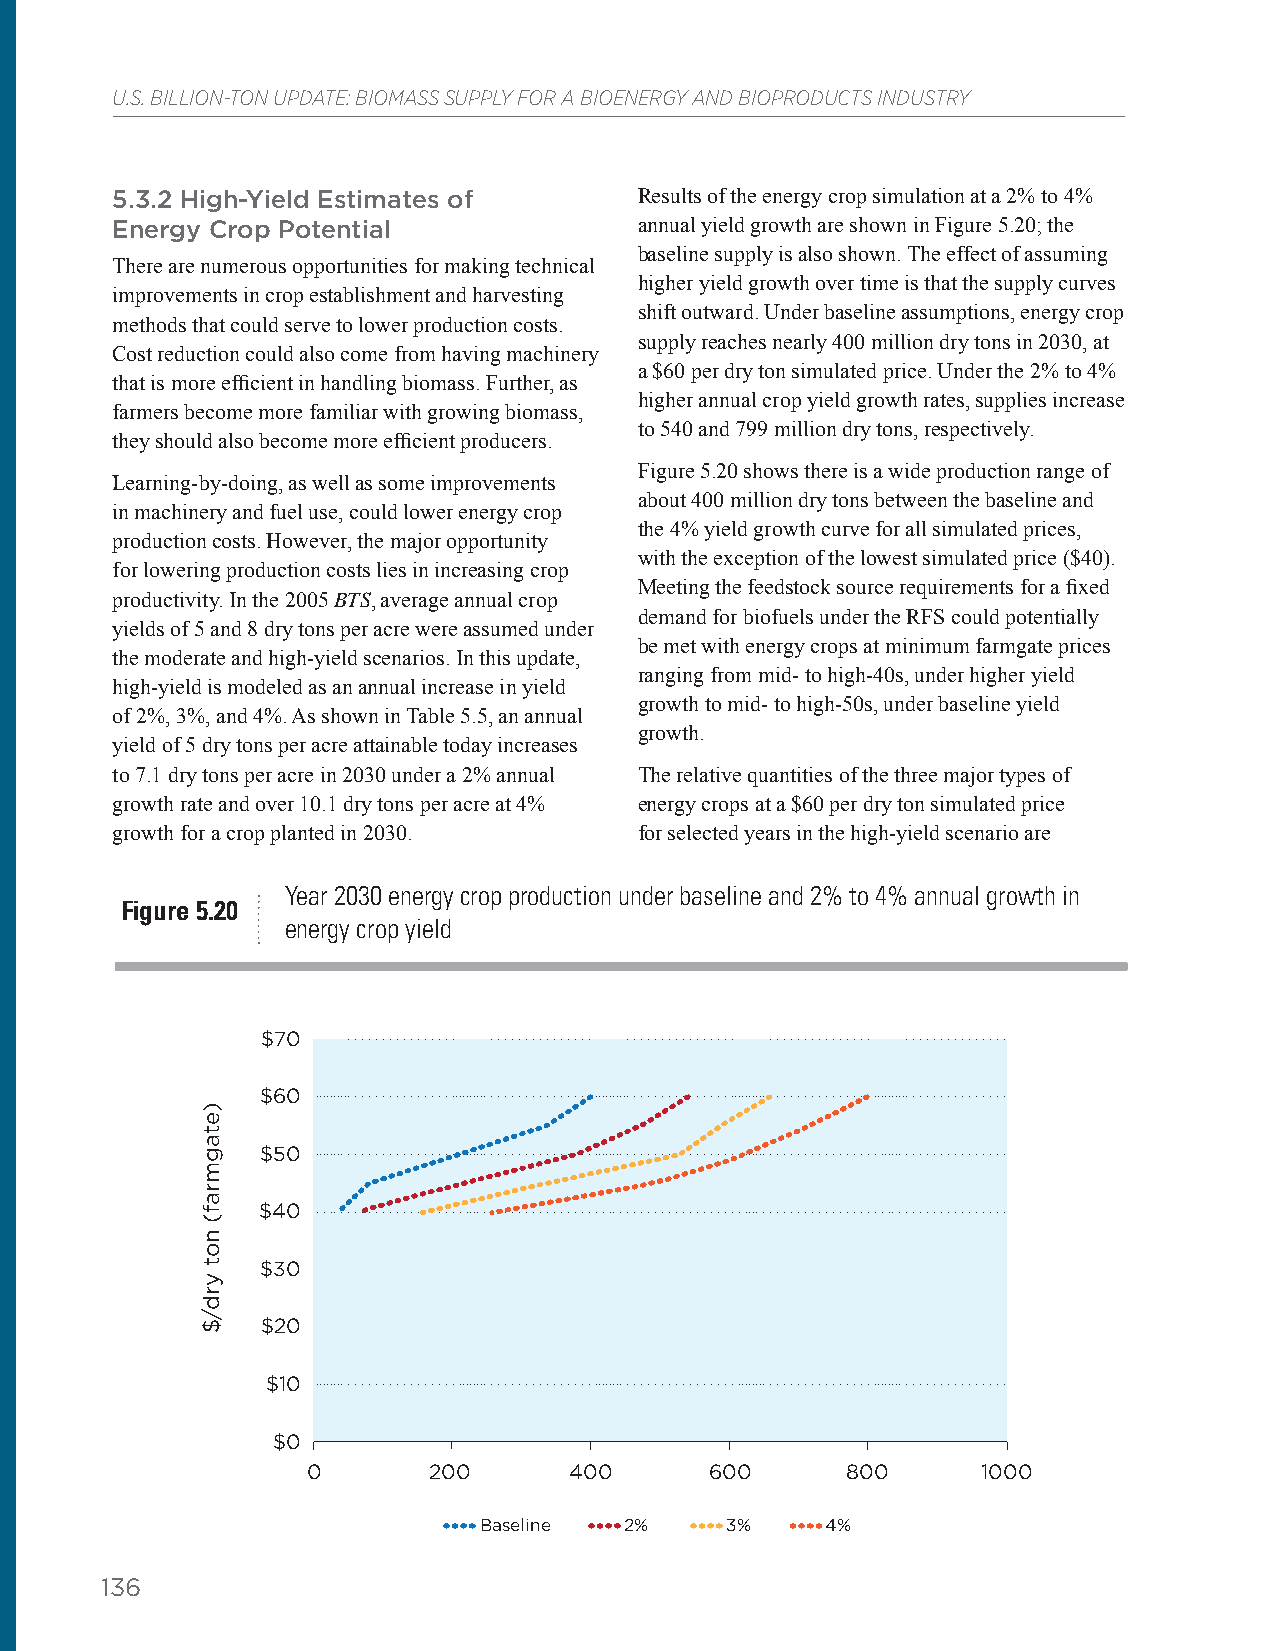
U.S. BILLION-TON UPDATE: BIOMASS SUPPLY FOR A BIOENERGY AND BIOPRODUCTS INDUSTRY
 5.3.2 High-Yield Estimates of      Results of the energy crop simulation at a 2% to 4%
 Energy Crop Potential              annual yield growth are shown in Figure 5.20; the
 baseline supply is also shown. The effect of assuming
 There are numerous opportunities for making technical
 higher yield growth over time is that the supply curves
 improvements in crop establishment and harvesting
 shift outward. Under baseline assumptions, energy crop
 methods that could serve to lower production costs.
 supply reaches nearly 400 million dry tons in 2030, at
 Cost reduction could also come from having machinery
 a $60 per dry ton simulated price. Under the 2% to 4%
 that is more efficient in handling biomass. Further, as
 higher annual crop yield growth rates, supplies increase
 farmers become more familiar with growing biomass,
 to 540 and 799 million dry tons, respectively.
 they should also become more efficient producers.
 Figure 5.20 shows there is a wide production range of
 Learning-by-doing, as well as some improvements
 about 400 million dry tons between the baseline and
 in machinery and fuel use, could lower energy crop
 the 4% yield growth curve for all simulated prices,
 production costs. However, the major opportunity
 with the exception of the lowest simulated price ($40).
 for lowering production costs lies in increasing crop
 Meeting the feedstock source requirements for a fixed
 productivity. In the 2005 BTS, average annual crop
 demand for biofuels under the RFS could potentially
 yields of 5 and 8 dry tons per acre were assumed under
 be met with energy crops at minimum farmgate prices
 the moderate and high-yield scenarios. In this update,
 ranging from mid- to high-40s, under higher yield
 high-yield is modeled as an annual increase in yield
 growth to mid- to high-50s, under baseline yield
 of 2%, 3%, and 4%. As shown in Table 5.5, an annual
 growth.
 yield of 5 dry tons per acre attainable today increases
 to 7.1 dry tons per acre in 2030 under a 2% annual The relative quantities of the three major types of
 growth rate and over 10.1 dry tons per acre at 4% energy crops at a $60 per dry ton simulated price
 growth for a crop planted in 2030. for selected years in the high-yield scenario are
 Year 2030 energy crop production under baseline and 2% to 4% annual growth in
 Figure 5.20
 energy crop yield
 $70
 $60
 $50
 $40
 $30
 $20
 $10
 $0
 0       200       400      600      800      1000
 Baseline 2%     3%     4%
 136
 )etagmraf(
 not
 yrd/$